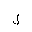
Letter: _lam